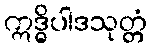
ဣဒ္ဓိပါဒသုတ္တံ